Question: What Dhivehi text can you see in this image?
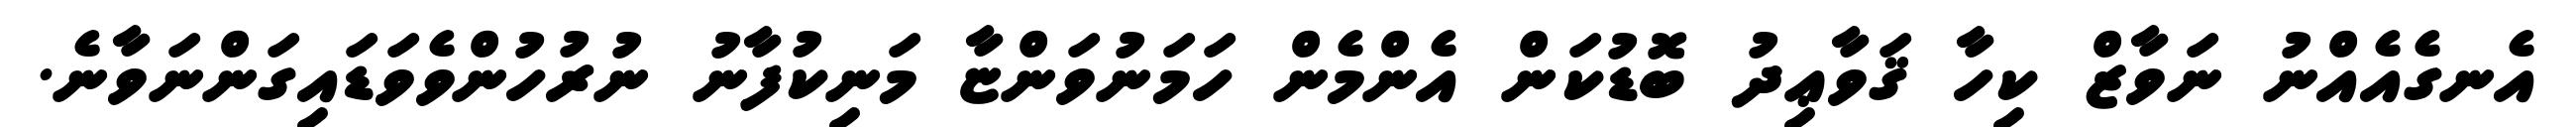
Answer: އެނގެއެއްނު ނަވާޒް ކިހާ ޤަވާޢިދު ބޮޑުކަން އެންމެން ހަމަނުވަންޏާ މަނިކުފާނު ނުރުހުންވެވަޑައިގަންނަވާނެ.